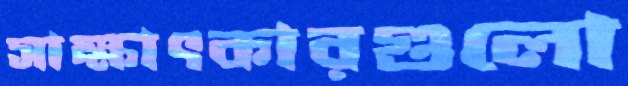
সাক্ষাৎকারগুলো